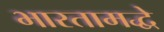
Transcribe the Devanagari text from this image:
भारतामद्धे